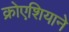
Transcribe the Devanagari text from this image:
क्रोएशियाने